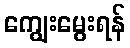
ကျွေးမွေးရန်